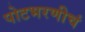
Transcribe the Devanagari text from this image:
पोटभरणीचं